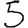
Digit: 5